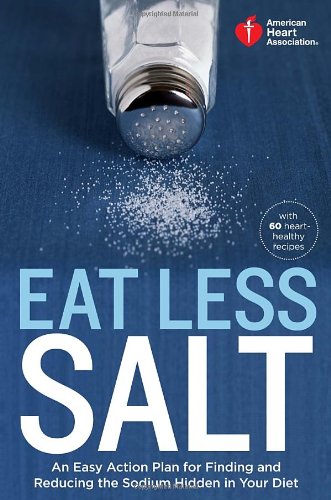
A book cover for American Heart Association Eat Less Salt: An Easy Action Plan for Finding and Reducing the Sodium Hidden in Your Diet; American Heart Association; Cookbooks, Food & Wine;